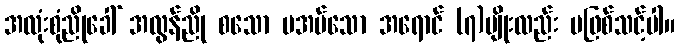
အလုံးစုံညိုခေါ် အလွန်ညို စသော မအပ်သော အရောင် (၇)မျိုးလည်း မဖြစ်သင့်ပါ။